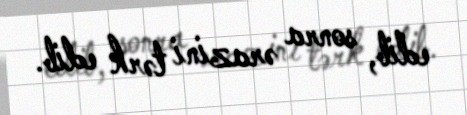
edib, sonra ərazini tərk edib.